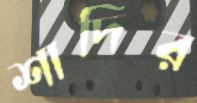
শাদির